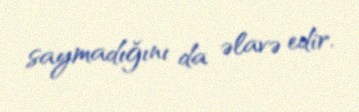
saymadığını da əlavə edir.